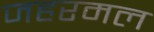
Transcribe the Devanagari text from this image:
जहरमल